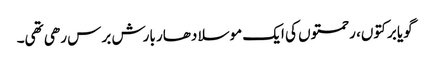
گویا برکتوں، رحمتوں کی ایک موسلا دھار بارش برس رھی تھی۔